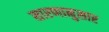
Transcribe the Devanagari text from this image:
सारणानुसार